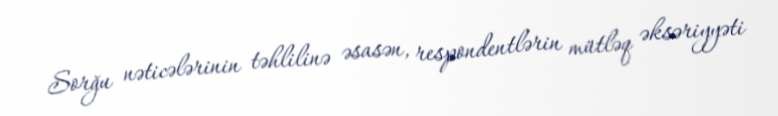
Sorğu nəticələrinin təhlilinə əsasən, respondentlərin mütləq əksəriyyəti